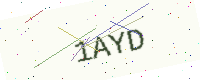
Text: 1AYD